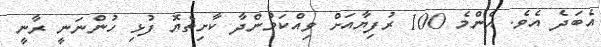
އެބަދެ އެވެ. އެންމެ 100 ރުފިޔާއަށް ވިއްކަމުންދާ ކާށިތެޔޮ ފުޅި ހުންނަނީ ރާނީ